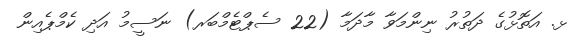
ޅ. އަތޮޅުގެ ދަތުރު ނިންމަވާ މާދަމާ (22 ސެޕްޓެމްބަރ) ނަސީމު އަދި ކެމްޕެއިން